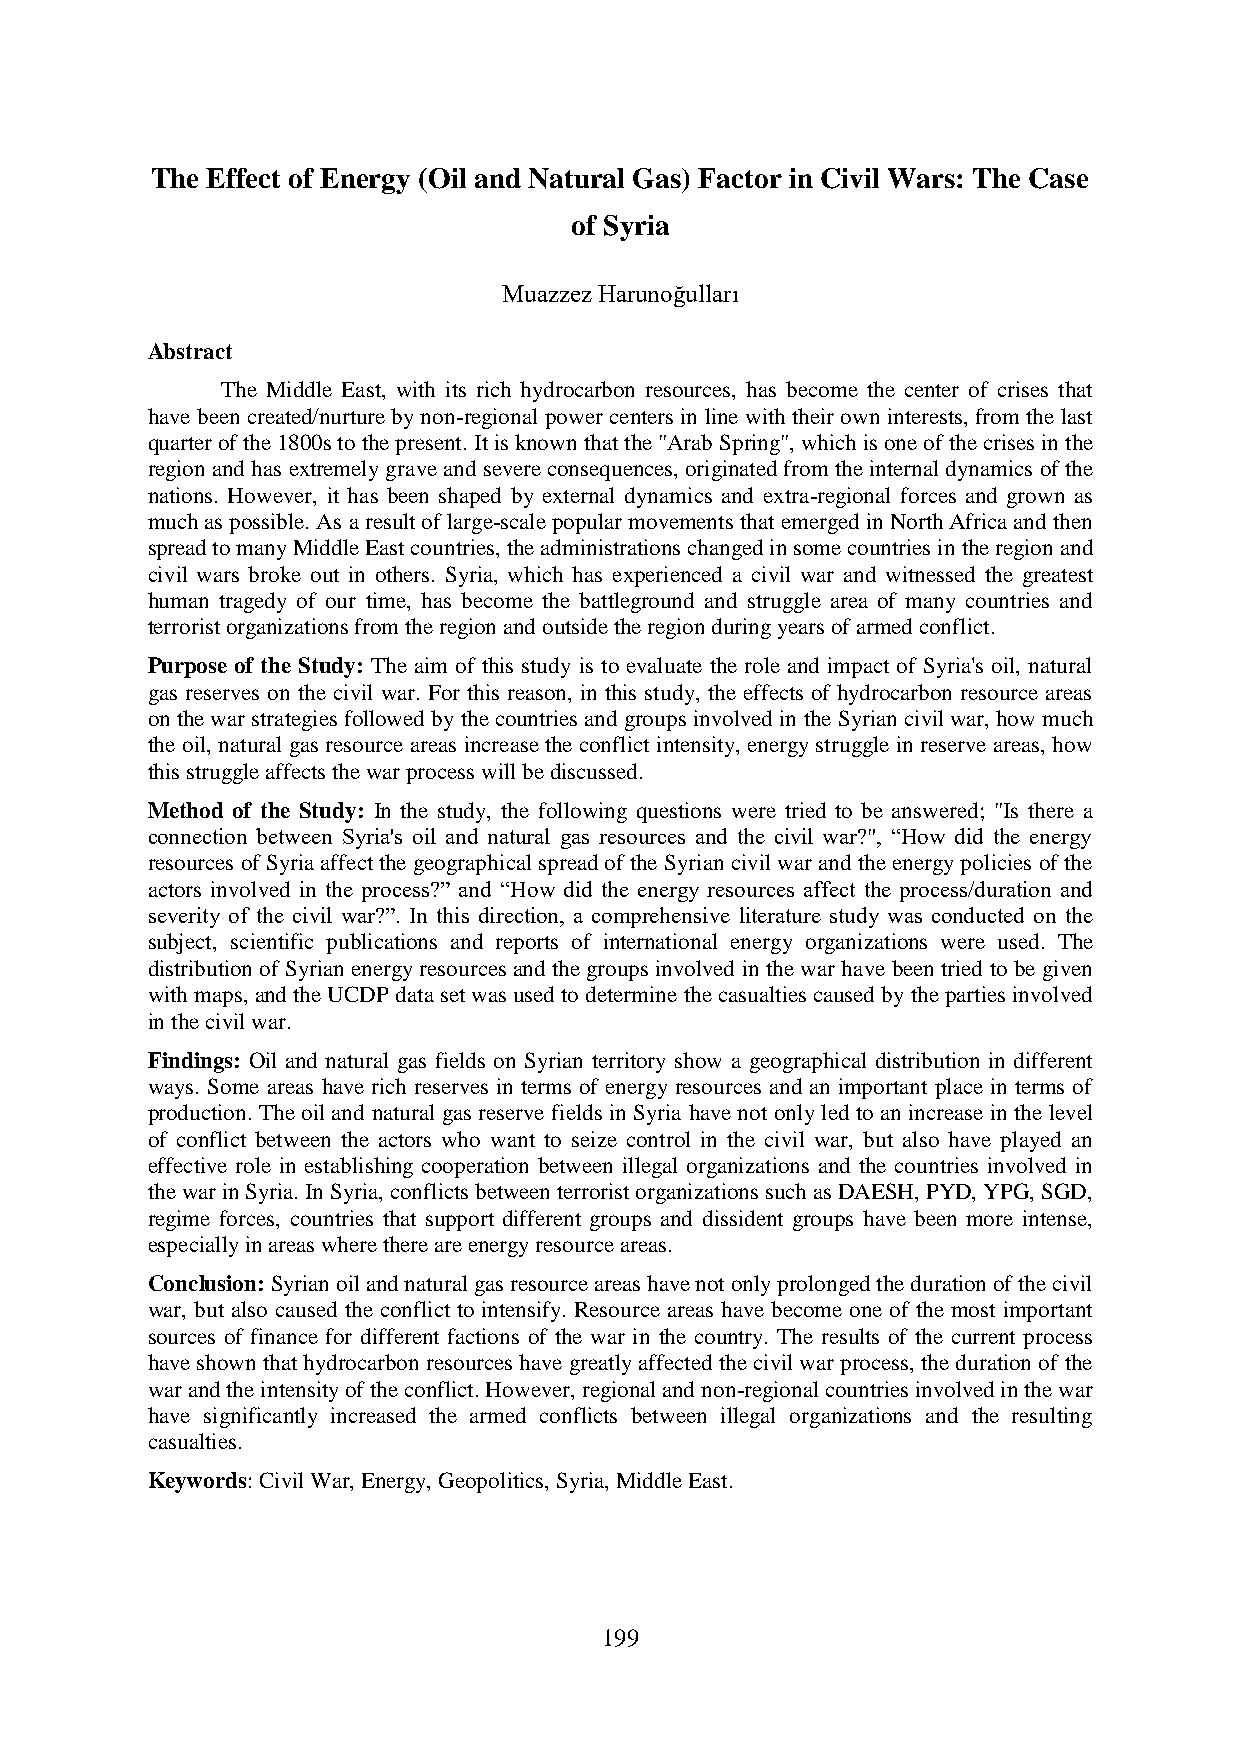
The Effect of Energy (Oil and Natural Gas) Factor in Civil Wars: The Case
 of Syria
 Muazzez Harunoğulları
 Abstract
 The Middle East, with its rich hydrocarbon resources, has become the center of crises that
 have been created/nurture by non-regional power centers in line with their own interests, from the last
 quarter of the 1800s to the present. It is known that the "Arab Spring", which is one of the crises in the
 region and has extremely grave and severe consequences, originated from the internal dynamics of the
 nations. However, it has been shaped by external dynamics and extra-regional forces and grown as
 much as possible. As a result of large-scale popular movements that emerged in North Africa and then
 spread to many Middle East countries, the administrations changed in some countries in the region and
 civil wars broke out in others. Syria, which has experienced a civil war and witnessed the greatest
 human tragedy of our time, has become the battleground and struggle area of many countries and
 terrorist organizations from the region and outside the region during years of armed conflict.
 Purpose of the Study: The aim of this study is to evaluate the role and impact of Syria's oil, natural
 gas reserves on the civil war. For this reason, in this study, the effects of hydrocarbon resource areas
 on the war strategies followed by the countries and groups involved in the Syrian civil war, how much
 the oil, natural gas resource areas increase the conflict intensity, energy struggle in reserve areas, how
 this struggle affects the war process will be discussed.
 Method of the Study: In the study, the following questions were tried to be answered; "Is there a
 connection between Syria's oil and natural gas resources and the civil war?", “How did the energy
 resources of Syria affect the geographical spread of the Syrian civil war and the energy policies of the
 actors involved in the process?” and “How did the energy resources affect the process/duration and
 severity of the civil war?”. In this direction, a comprehensive literature study was conducted on the
 subject, scientific publications and reports of international energy organizations were used. The
 distribution of Syrian energy resources and the groups involved in the war have been tried to be given
 with maps, and the UCDP data set was used to determine the casualties caused by the parties involved
 in the civil war.
 Findings: Oil and natural gas fields on Syrian territory show a geographical distribution in different
 ways. Some areas have rich reserves in terms of energy resources and an important place in terms of
 production. The oil and natural gas reserve fields in Syria have not only led to an increase in the level
 of conflict between the actors who want to seize control in the civil war, but also have played an
 effective role in establishing cooperation between illegal organizations and the countries involved in
 the war in Syria. In Syria, conflicts between terrorist organizations such as DAESH, PYD, YPG, SGD,
 regime forces, countries that support different groups and dissident groups have been more intense,
 especially in areas where there are energy resource areas.
 Conclusion: Syrian oil and natural gas resource areas have not only prolonged the duration of the civil
 war, but also caused the conflict to intensify. Resource areas have become one of the most important
 sources of finance for different factions of the war in the country. The results of the current process
 have shown that hydrocarbon resources have greatly affected the civil war process, the duration of the
 war and the intensity of the conflict. However, regional and non-regional countries involved in the war
 have significantly increased the armed conflicts between illegal organizations and the resulting
 casualties.
 Keywords: Civil War, Energy, Geopolitics, Syria, Middle East.
 199